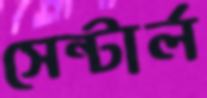
সেন্টার্ল